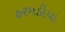
હરમડીયા